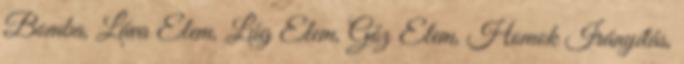
Bomba, Láva Elem, Lúg Elem, Gőz Elem, Homok Irányítás,